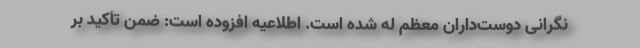
نگرانی دوست‌داران معظم له شده است. اطلاعیه افزوده است: ضمن تأکید بر